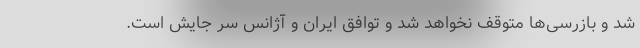
شد و بازرسی‌ها متوقف نخواهد شد و توافق ایران و آژانس سر جایش است.